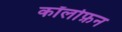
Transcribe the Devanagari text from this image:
कॉलोफ़न